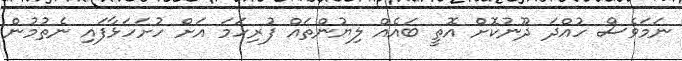
ނަމަވެސް ހުއްދަ ދޫނުކޮށް އޮތީ ބައެއް ލިޔުންތައް ފުރިހަމަ އަށް ހުށަހަޅާފައި ނެތުމުން